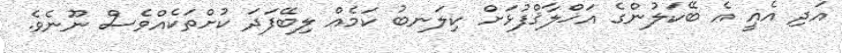
އަދި އެއީ އެ ބޭކަލުންގެ އަޚްލާޤްފުޅަށް ކިލަނބު ކަމެއް ލިބޭފަދަ ކުށްތަކެއްވެސް ނޫނެވެ.